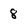
Character: 8